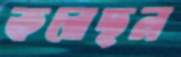
করেছন